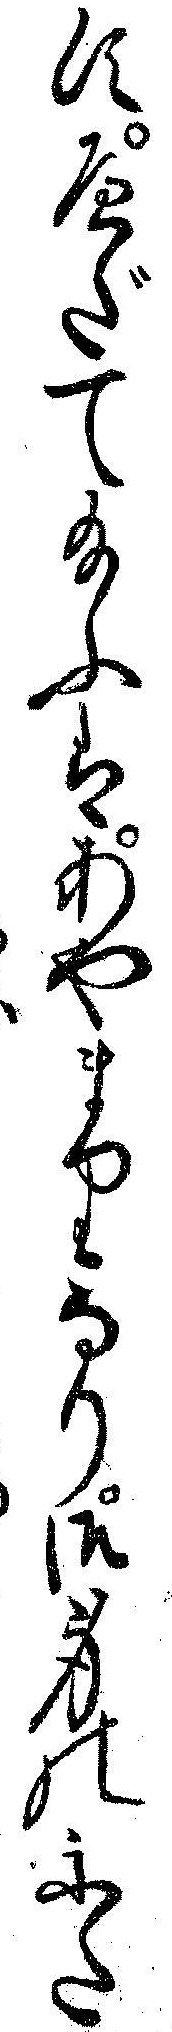
すへだて給ふはあやまりなり御身のかた